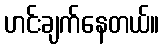
ဟင်းချက်နေတယ်။